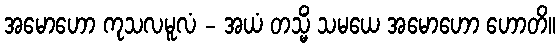
အမောဟော ကုသလမူလံ - အယံ တသ္မိံ သမယေ အမောဟော ဟောတိ။